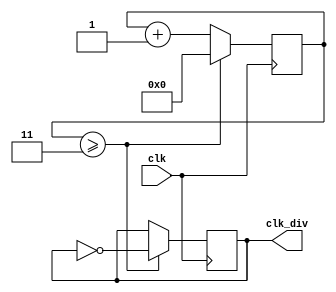
`timescale 1ns / 1ps
//////////////////////////////////////////////////////////////////////////////////
// Company: 
// Engineer: 
// 
// Design Name: 
// Module Name: clk_divider
// Project Name: 
// Target Devices: 
// Tool Versions: 
// Description: 
// 
// Dependencies: 
// 
// Revision:
// Revision 0.01 - File Created
// Additional Comments:
// 
//////////////////////////////////////////////////////////////////////////////////


module clk_divider(
    input clk,
    output clk_div
    );
reg [3:0]count=4'd0;
parameter limit=4'd4;
reg out=0;

assign clk_div=out;

always @(posedge clk)
    begin
    
    if (count>=(limit-1))
        begin
        count<=4'd0;
        out<= ~out;
        end
    
    else
        count <= count+4'd1;
    
    end     

endmodule